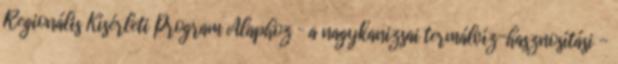
Regionális Kísérleti Program Alaphoz – a nagykanizsai termálvíz-hasznosítási -